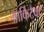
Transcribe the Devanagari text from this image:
आर्किटैक्ट